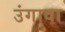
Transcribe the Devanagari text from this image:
उंगावा